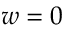
w = 0